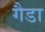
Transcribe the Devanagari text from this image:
गैडा